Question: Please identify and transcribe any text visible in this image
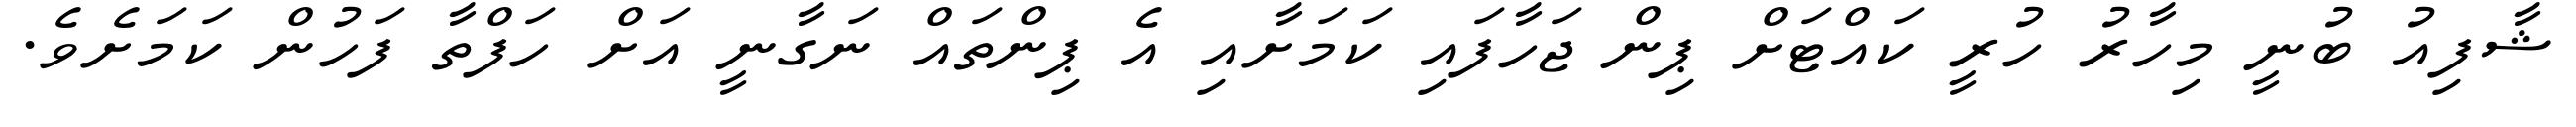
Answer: ޝާފިއު ބުނީ މިހާރު ހުރީ ކައްޓަށް ޕިން ޖަހާފައި ކަމަށާއި އެ ޕިންތައް ނަގާނީ އަށް ހަފްތާ ފަހުން ކަމަށެވެ.